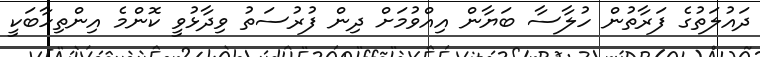
ދައުލަތުގެ ފަރާތުން ހުލާސާ ބަޔާން އިއްވުމަށް ދިން ފުރުސަތު ވިދާޅުވީ ކޮންމެ އިންތިހާބަކީ